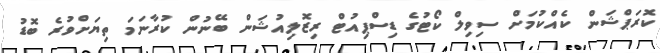
ކޮރަޕްޝަން ކެއްކުމަށް ސިވިލް ކޯޓުގެ ޑިސްޕިއުޓް ރިޒޮލިއުޝަން ބޭނުން ކުރާނަމަ ތިޔަށްވުރެ ބޮޑު